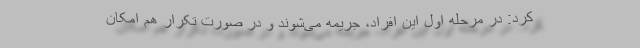
كرد: در مرحله اول اين افراد، جريمه مى‌شوند و در صورت تکرار هم امکان